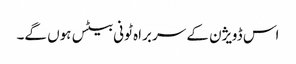
اس ڈویژن کے سربراہ ٹونی بیٹس ہوں گے۔